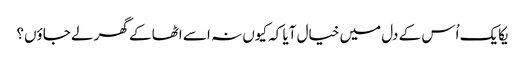
یکایک اُس کے دل میں خیال آیا کہ کیوں نہ اسے اٹھا کے گھر لے جاؤں؟